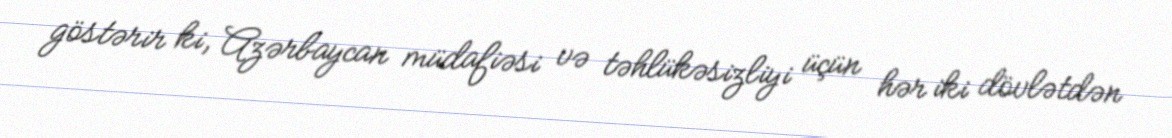
göstərir ki, Azərbaycan müdafiəsi və təhlükəsizliyi üçün hər iki dövlətdən